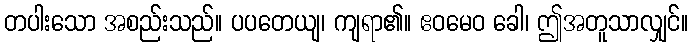
တပါးသော အစည်းသည်။ ပပတေယျ၊ ကျရာ၏။ ဧဝမေဝ ခေါ၊ ဤအတူသာလျှင်။